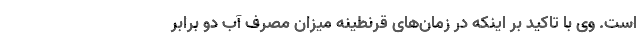
است. وی با تاکید بر اینکه در زمان‌های قرنطینه میزان مصرف آب دو برابر